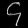
Digit: ၄